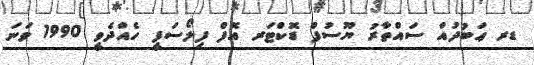
ޑރ ޢަބުދުއް ސައްތާރު ޔޫސުފް ޑޮކްޓަރ އޮފް ފިލޯސަފީ ހެއްދެވީ 1990 ވަނަ